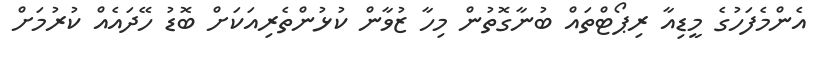
އެންމެފަހުގެ މީޑިއާ ރިޕޯޓްތައް ބުނާގޮތުން މިހާ ޒުވާން ކުޅުންތެރިއަކަށް ބޮޑު ހޭދައެއް ކުރުމަށް